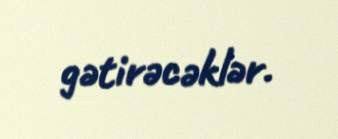
gətirəcəklər.